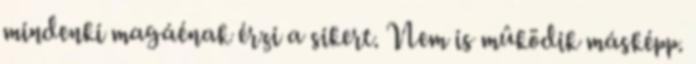
mindenki magáénak érzi a sikert. Nem is mûködik másképp.